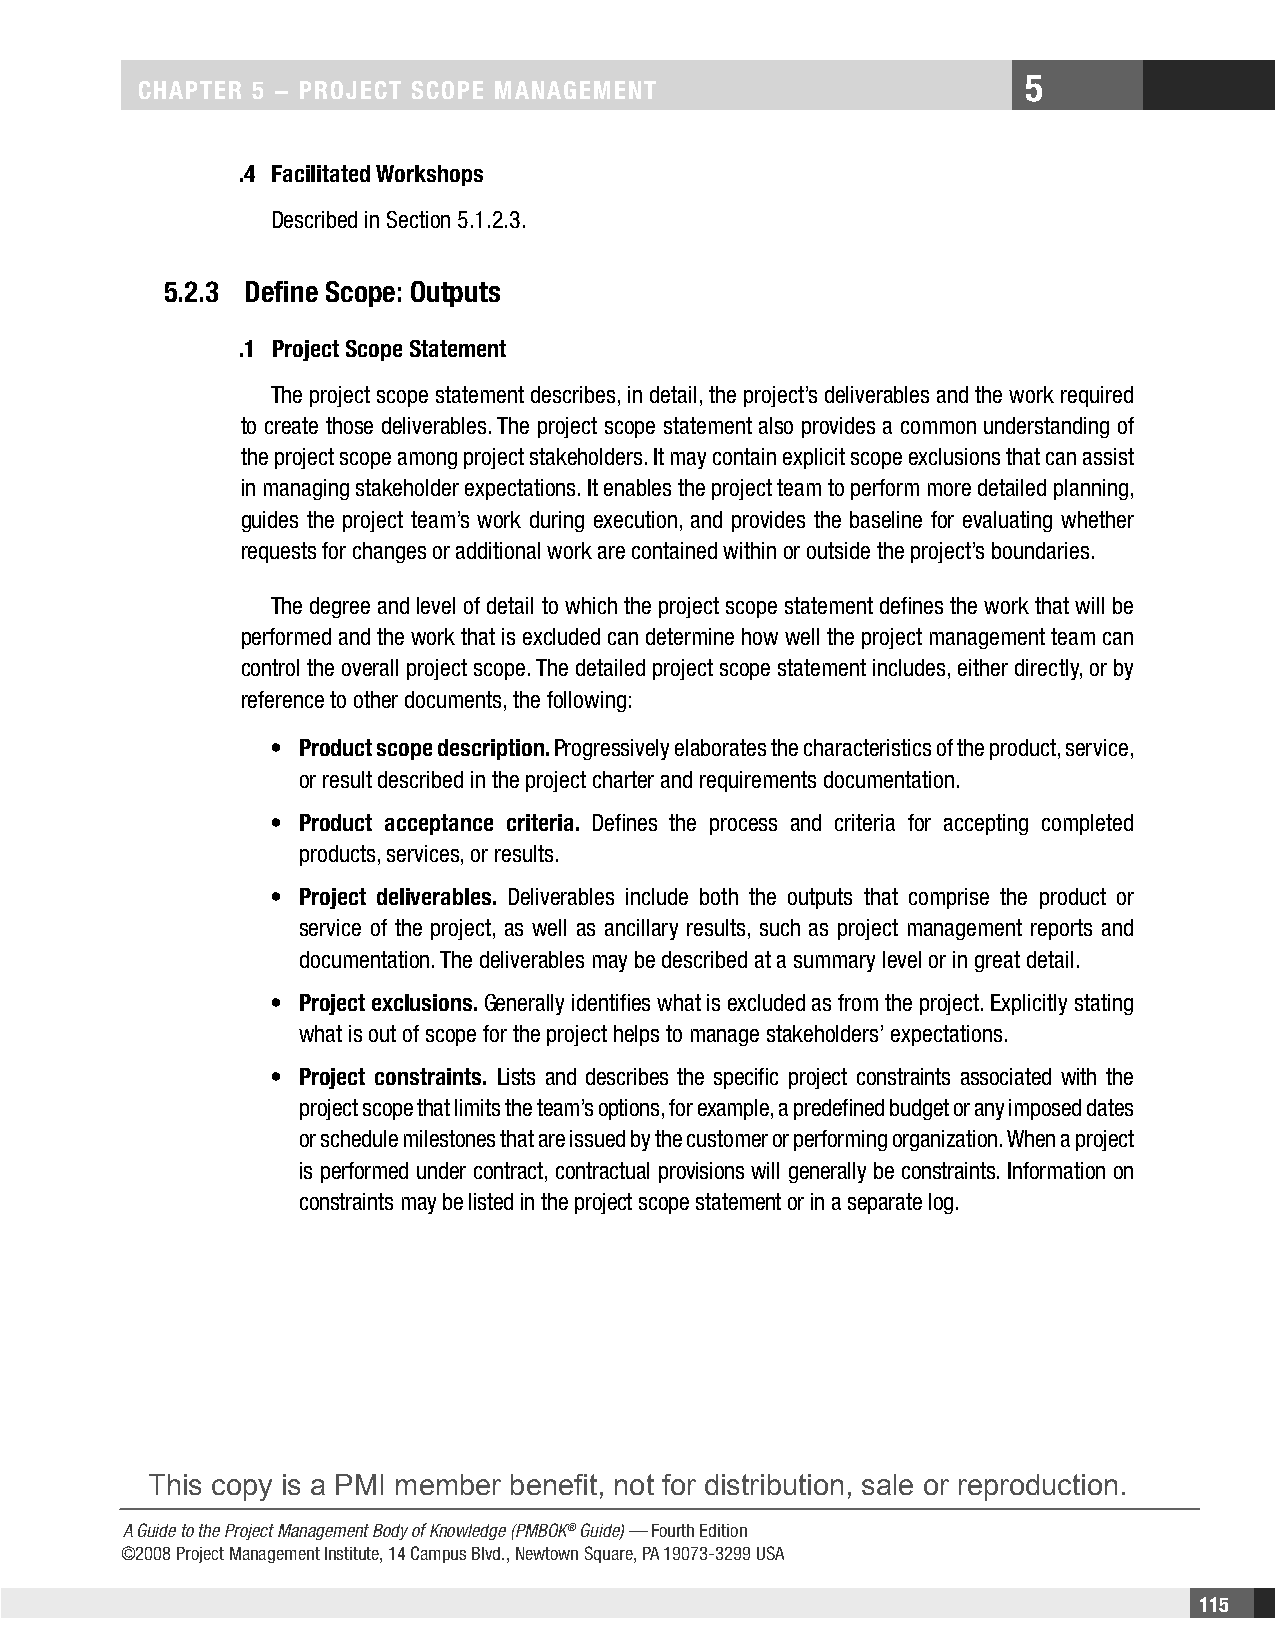
5
 CHAPTER 5 − PROjECT SCOPE MAnAgEMEnT
 .4 Facilitated Workshops
 Described in Section 5.1.2.3.
 5.2.3 Define Scope: Outputs
 .1 Project Scope Statement
 The project scope statement describes, in detail, the project’s deliverables and the work required
 to create those deliverables. The project scope statement also provides a common understanding of
 the project scope among project stakeholders. It may contain explicit scope exclusions that can assist
 in managing stakeholder expectations. It enables the project team to perform more detailed planning,
 guides the project team’s work during execution, and provides the baseline for evaluating whether
 requests for changes or additional work are contained within or outside the project’s boundaries.
 The degree and level of detail to which the project scope statement defines the work that will be
 performed and the work that is excluded can determine how well the project management team can
 control the overall project scope. The detailed project scope statement includes, either directly, or by
 reference to other documents, the following:
 • Product scope description. Progressively elaborates the characteristics of the product, service,
 or result described in the project charter and requirements documentation.
 • Product acceptance criteria. Defines the process and criteria for accepting completed
 products, services, or results.
 • Project deliverables. Deliverables include both the outputs that comprise the product or
 service of the project, as well as ancillary results, such as project management reports and
 documentation. The deliverables may be described at a summary level or in great detail.
 • Project exclusions. Generally identifies what is excluded as from the project. Explicitly stating
 what is out of scope for the project helps to manage stakeholders’ expectations.
 • Project constraints. Lists and describes the specific project constraints associated with the
 project scope that limits the team’s options, for example, a predefined budget or any imposed dates
 or schedule milestones that are issued by the customer or performing organization. When a project
 is performed under contract, contractual provisions will generally be constraints. Information on
 constraints may be listed in the project scope statement or in a separate log.
 This copy is a PMI member benefit, not for distribution, sale or reproduction.
 A Guide to the Project Management Body of Knowledge (PMBOK® Guide) — Fourth Edition
 ©2008 Project Management Institute, 14 Campus Blvd., Newtown Square, PA 19073-3299 USA
 115